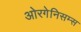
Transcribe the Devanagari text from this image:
ओरगेनिसम्स